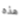
هذه